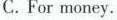
C. For money.